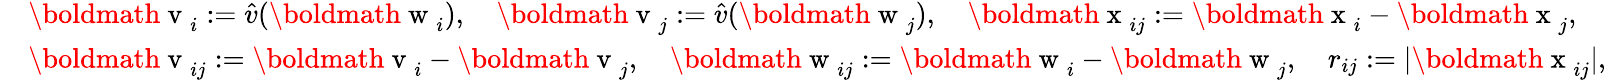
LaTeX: \begin{array}{r}{\begin{array}{rl}&{\mathrm{\boldmath~v~}_{i}:=\hat{v}(\mathrm{\boldmath~w~}_{i}),\quad\mathrm{\boldmath~v~}_{j}:=\hat{v}(\mathrm{\boldmath~w~}_{j}),\quad\mathrm{\boldmath~x~}_{ij}:=\mathrm{\boldmath~x~}_{i}-\mathrm{\boldmath~x~}_{j},}\\ &{\mathrm{\boldmath~v~}_{ij}:=\mathrm{\boldmath~v~}_{i}-\mathrm{\boldmath~v~}_{j},\quad\mathrm{\boldmath~w~}_{ij}:=\mathrm{\boldmath~w~}_{i}-\mathrm{\boldmath~w~}_{j},\quad r_{ij}:=|\mathrm{\boldmath~x~}_{ij}|,}\end{array}}\end{array}